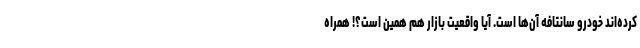
کرده‌اند خودرو سانتافه آن‌ها است. آیا واقعیت بازار هم همین است؟! همراه